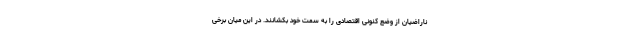
ناراضیان از وضع کنونی اقتصادی را به سمت خود بکشانند. در این میان برخی